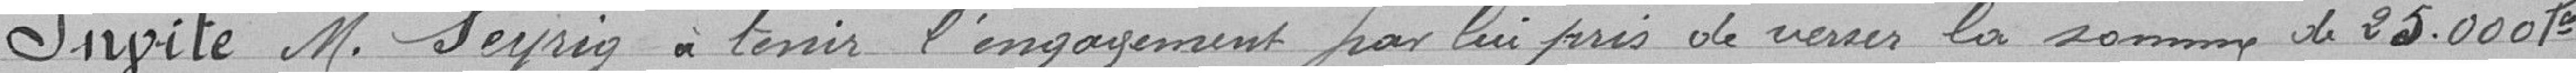
Invite M. Seyrig à tenir l'engagement par lui pris de verser la somme de 25.000 Francs